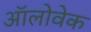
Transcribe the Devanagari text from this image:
ऑलोवेक